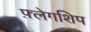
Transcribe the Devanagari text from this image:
फ़्लेगशिप